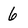
Character: 6